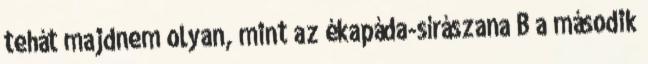
tehát majdnem olyan, mint az ékapáda-sírászana B a második